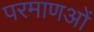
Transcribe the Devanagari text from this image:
परमाणओं